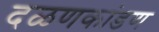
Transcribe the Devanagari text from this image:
दळणकांडण